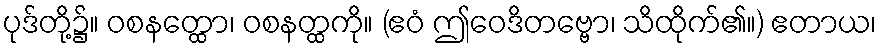
ပုဒ်တို့၌။ ဝစနတ္ထော၊ ဝစနတ္ထကို။ (ဧဝံ ဤဝေဒိတဗ္ဗော၊ သိထိုက်၏။) ဧတာယ၊